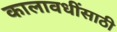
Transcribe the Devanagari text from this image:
कालावधींसाठी